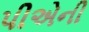
પીએની